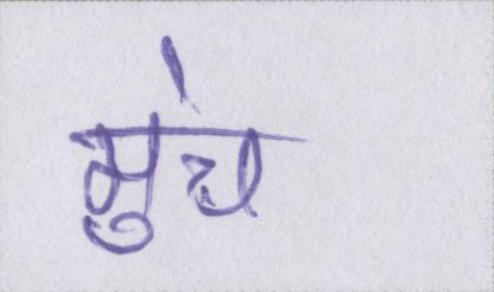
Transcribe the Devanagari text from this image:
मुंच